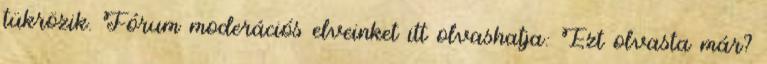
tükrözik. Fórum moderációs elveinket itt olvashatja: Ezt olvasta már?